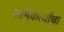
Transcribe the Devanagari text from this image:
अभिकर्त्यांचा